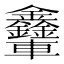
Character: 𨐃